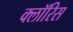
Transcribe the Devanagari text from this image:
क्लॉरिस